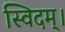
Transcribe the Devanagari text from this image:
स्विदम्।